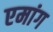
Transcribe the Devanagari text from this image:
एमांग